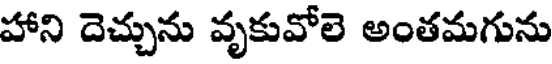
హాని దెచ్చును వృకువోలె అంతమగును